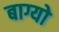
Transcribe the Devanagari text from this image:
बाग्यो